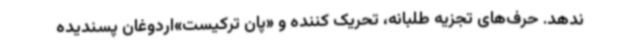
ندهد. حرف‌های تجزیه طلبانه، تحریک کننده و «پان ترکیست»اردوغان پسندیده